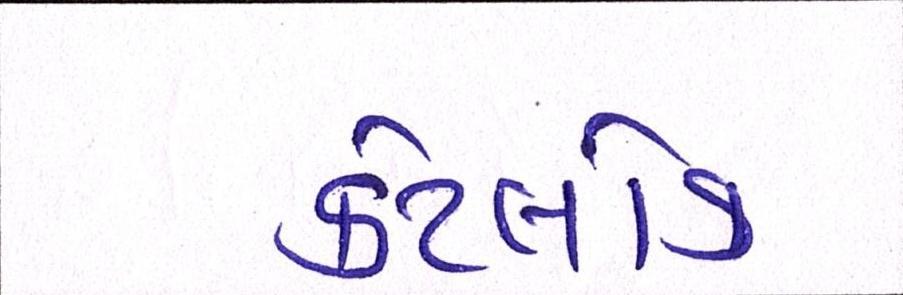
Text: કેટલોક